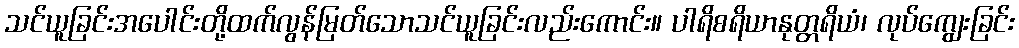
သင်ယူခြင်းအပေါင်းတို့ထက်လွန်မြတ်သောသင်ယူခြင်းလည်းကောင်း။ ပါရိစရိယာနုတ္တရိယံ၊ လုပ်ကျွေးခြင်း